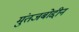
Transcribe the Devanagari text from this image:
मुंतजबोद्दीन